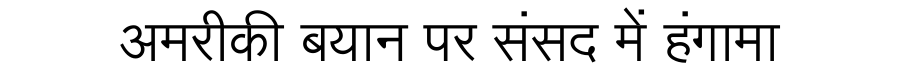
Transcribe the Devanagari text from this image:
अमरीकी बयान पर संसद में हंगामा